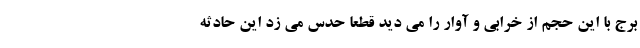
برج با این حجم از خرابی و آوار را می دید قطعا حدس می زد این حادثه